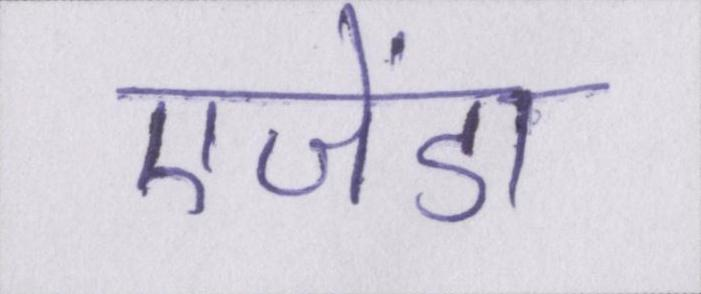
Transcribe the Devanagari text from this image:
एजेंडा